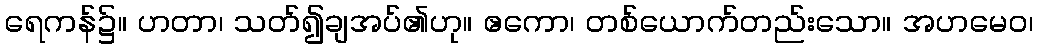
ရေကန်၌။ ဟတာ၊ သတ်၍ချအပ်၏ဟု။ ဧကော၊ တစ်ယောက်တည်းသော။ အဟမေဝ၊